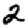
Digit: 2